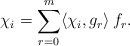
LaTeX: \begin{align*} \chi_i = \sum_{r = 0}^m \langle \chi_{i}, g_r \rangle \, f_r. \end{align*}